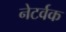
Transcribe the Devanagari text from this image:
नेटर्वक